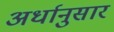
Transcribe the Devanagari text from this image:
अर्धानुसार